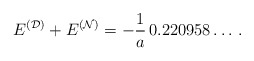
\begin{align*}E^{(\cal D)}+E^{(\cal N)}=-\frac{1}{a}\,0.220958\dots\,{.}\end{align*}